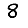
Digit: 8